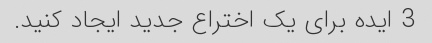
3 ایده برای یک اختراع جدید ایجاد کنید.